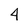
Character: 4